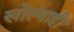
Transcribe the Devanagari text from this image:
खोल्याही